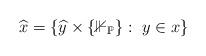
LaTeX: \begin{align*} \widehat{x} = \{ \widehat{y} \times \{ \mathbb{1}_\mathbb{P} \} : \ y \in x \} \end{align*}